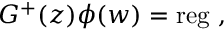
G ^ { + } ( z ) \phi ( w ) = \mathrm { r e g } ~ ,